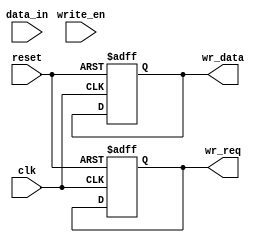
module asynchronous_FIFO_write_control (
    input wire clk,
    input wire reset,
    input wire write_en,
    input wire data_in,
    output reg wr_req,
    output reg [7:0] wr_data
);

reg [7:0] fifo_buffer [0:7];
reg [2:0] wr_ptr;
reg [2:0] rd_ptr;
reg [2:0] num_items;

always @ (posedge clk or posedge reset) begin
    if (reset) begin
        wr_req <= 1'b0;
        wr_data <= 8'h00;
        wr_ptr <= 3'b000;
        rd_ptr <= 3'b000;
        num_items <= 3'b000;
    end else begin
        if (write_en && (num_items < 8)) begin
            fifo_buffer[wr_ptr] <= data_in;
            wr_ptr <= wr_ptr + 1;
            num_items <= num_items + 1;
        end
    end
end

endmodule